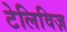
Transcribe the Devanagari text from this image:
टेलिविज़